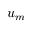
u _ { m }